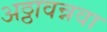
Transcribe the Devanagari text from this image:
अठ्ठावन्नवा